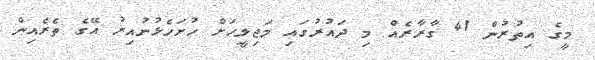
މީގެ އިތުރުން 41 ގާރާރެއް މި ދައުރުގައި މަޖިލީހަށް ހުށަހެޅުނުއިރު އޭގެ ތެރެއިން